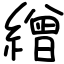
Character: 繒